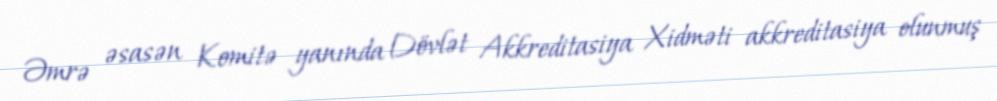
Əmrə əsasən Komitə yanında Dövlət Akkreditasiya Xidməti akkreditasiya olunmuş